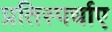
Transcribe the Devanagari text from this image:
प्रतिस्पर्धाए